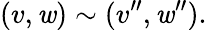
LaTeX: (v,\mathit{w})\sim(v^{\prime\prime},\mathit{w}^{\prime\prime}).